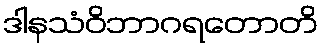
ဒါနသံဝိဘာဂရတောတိ